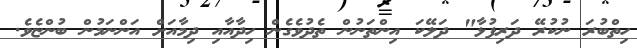
ހިތްބުރަ ނުކުރޭ ދަރިފުޅާ" ދަލޭކަ އިންތަނުން ތެދުވެގެން ހިދާއާއި ދިމާއަށް އަންނަމުން ބުންޏެވެ.